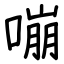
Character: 嘣